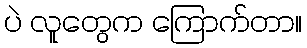
ပဲ လူတွေက ကြောက်တာ။